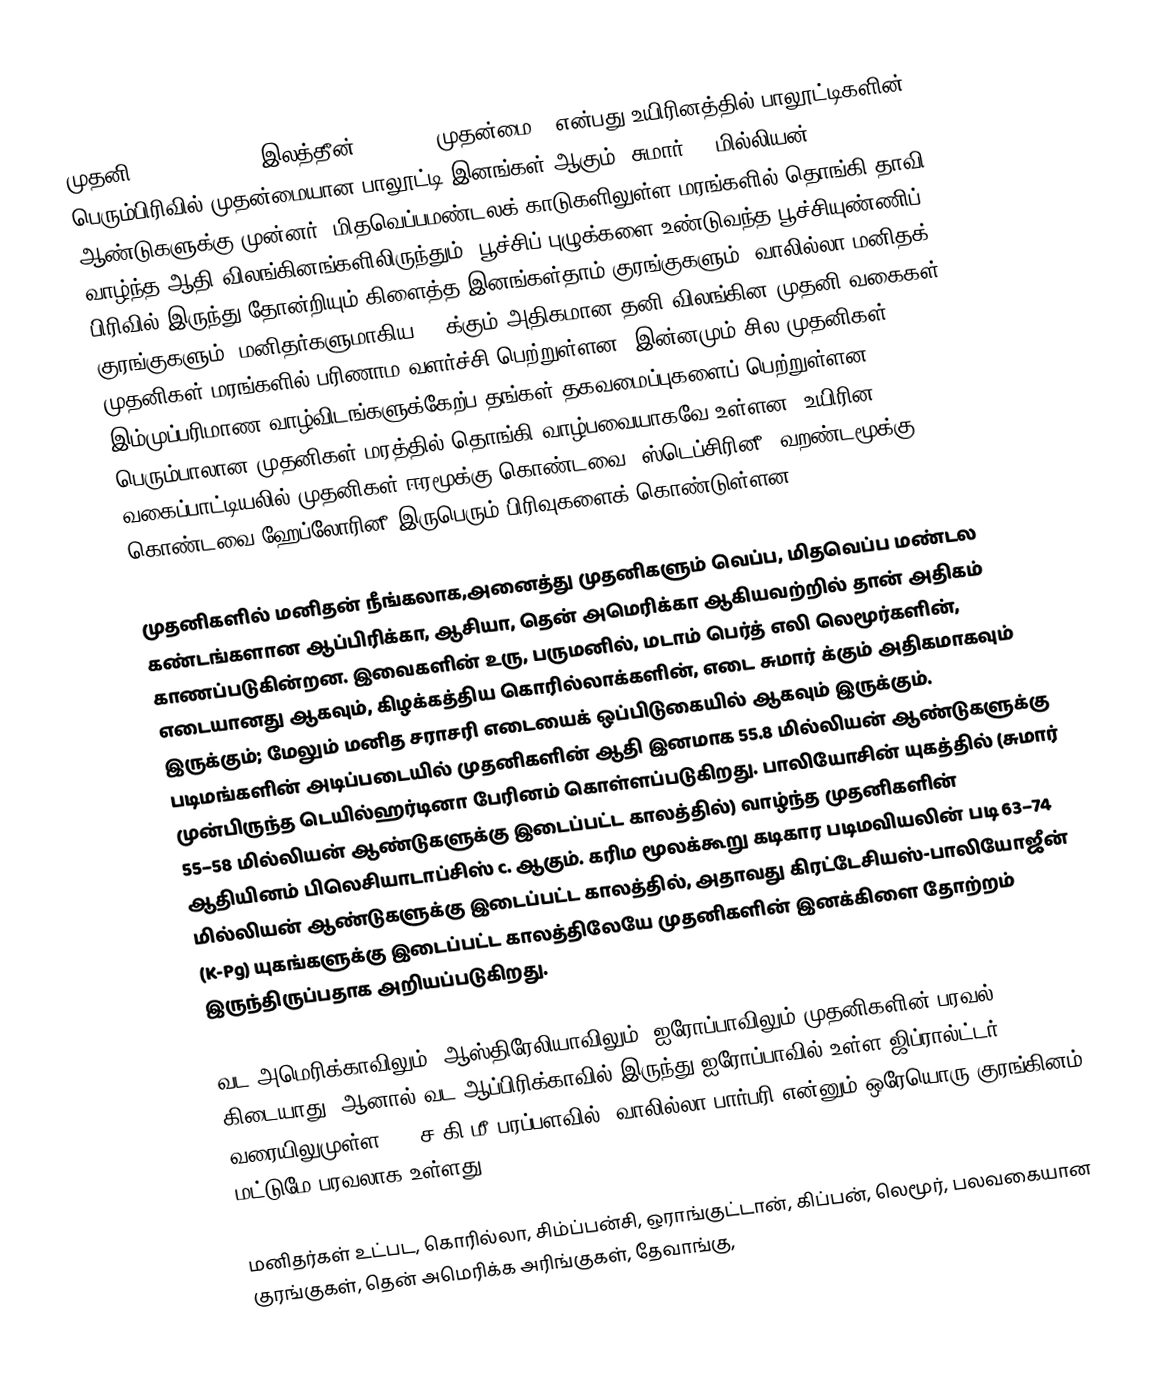
முதனி (Primate) ( ) (இலத்தீன்: "prime, முதன்மை") என்பது உயிரினத்தில் பாலூட்டிகளின் பெரும்பிரிவில் முதன்மையான பாலூட்டி இனங்கள் ஆகும்.  சுமார் 65 மில்லியன் ஆண்டுகளுக்கு முன்னர், மிதவெப்பமண்டலக் காடுகளிலுள்ள மரங்களில் தொங்கி தாவி வாழ்ந்த ஆதி விலங்கினங்களிலிருந்தும், பூச்சிப் புழுக்களை உண்டுவந்த பூச்சியுண்ணிப் பிரிவில் இருந்து தோன்றியும் கிளைத்த இனங்கள்தாம் குரங்குகளும், வாலில்லா மனிதக் குரங்குகளும், மனிதர்களுமாகிய 180க்கும் அதிகமான தனி விலங்கின முதனி வகைகள். முதனிகள் மரங்களில்  பரிணாம வளர்ச்சி பெற்றுள்ளன. இன்னமும் சில முதனிகள் இம்முப்பரிமாண வாழ்விடங்களுக்கேற்ப தங்கள் தகவமைப்புகளைப் பெற்றுள்ளன. பெரும்பாலான முதனிகள் மரத்தில் தொங்கி வாழ்பவையாகவே உள்ளன. உயிரின வகைப்பாட்டியலில் முதனிகள் ஈரமூக்கு கொண்டவை, ஸ்டெப்சிரினீ, வறண்டமூக்கு கொண்டவை ஹேப்லோரினீ இருபெரும் பிரிவுகளைக் கொண்டுள்ளன.

முதனிகளில் மனிதன் நீங்கலாக,அனைத்து முதனிகளும் வெப்ப, மிதவெப்ப மண்டல கண்டங்களான ஆப்பிரிக்கா, ஆசியா, தென் அமெரிக்கா ஆகியவற்றில் தான் அதிகம் காணப்படுகின்றன. இவைகளின் உரு, பருமனில், மடாம் பெர்த் எலி லெமூர்களின், எடையானது  ஆகவும், கிழக்கத்திய கொரில்லாக்களின், எடை சுமார் க்கும் அதிகமாகவும் இருக்கும்; மேலும் மனித சராசரி எடையைக் ஒப்பிடுகையில்  ஆகவும் இருக்கும். படிமங்களின் அடிப்படையில் முதனிகளின் ஆதி இனமாக 55.8 மில்லியன் ஆண்டுகளுக்கு முன்பிருந்த டெயில்ஹர்டினா பேரினம் கொள்ளப்படுகிறது. பாலியோசின் யுகத்தில் (சுமார் 55–58 மில்லியன் ஆண்டுகளுக்கு இடைப்பட்ட காலத்தில்) வாழ்ந்த முதனிகளின் ஆதியினம் பிலெசியாடாப்சிஸ் c. ஆகும். கரிம மூலக்கூறு கடிகார படிமவியலின் படி 63–74 மில்லியன் ஆண்டுகளுக்கு இடைப்பட்ட காலத்தில், அதாவது கிரட்டேசியஸ்-பாலியோஜீன் (K-Pg) யுகங்களுக்கு இடைப்பட்ட காலத்திலேயே முதனிகளின் இனக்கிளை தோற்றம் இருந்திருப்பதாக அறியப்படுகிறது.

வட அமெரிக்காவிலும், ஆஸ்திரேலியாவிலும், ஐரோப்பாவிலும் முதனிகளின் பரவல் கிடையாது. ஆனால் வட ஆப்பிரிக்காவில் இருந்து ஐரோப்பாவில் உள்ள ஜிப்ரால்ட்டர் வரையிலுமுள்ள 6.5 ச.கி.மீ பரப்பளவில், வாலில்லா பார்பரி என்னும் ஒரேயொரு குரங்கினம் மட்டுமே பரவலாக உள்ளது.

மனிதர்கள் உட்பட, கொரில்லா, சிம்ப்பன்சி, ஒராங்குட்டான், கிப்பன், லெமூர், பலவகையான குரங்குகள், தென் அமெரிக்க அரிங்குகள், தேவாங்கு,